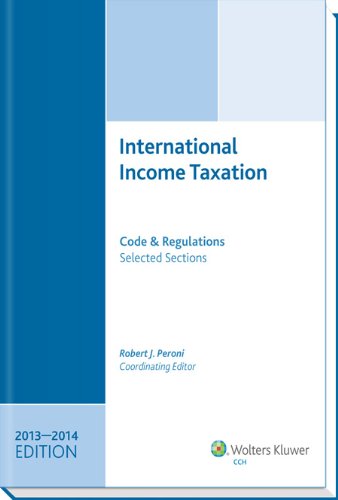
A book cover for INTERNATIONAL INCOME TAXATION: Code and Regulations--Selected Sections (2013-2014 Edition); Coordinating Editor Robert J. Peroni; Law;